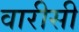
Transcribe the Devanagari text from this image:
वारीसी